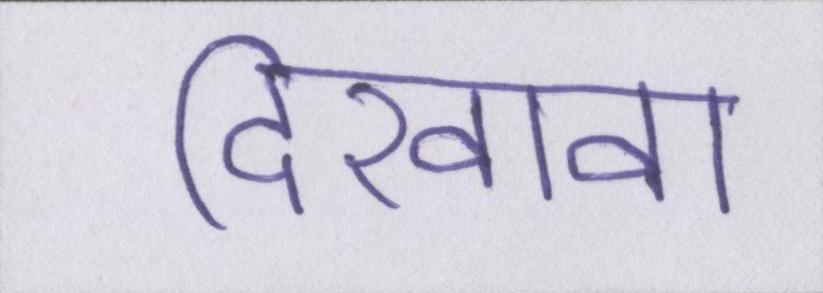
दिखावा